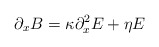
\begin{align*}\partial _xB=\kappa \partial _x^2E+\eta E \end{align*}